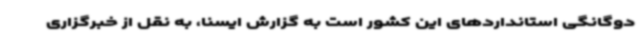
دوگانگی استانداردهای این کشور است به گزارش ایسنا، به نقل از خبرگزاری